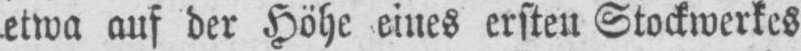
auf der Höhe eines ersten Stockwerkes